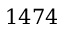
1 4 7 4